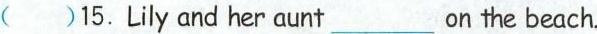
()15.Lily and her aunt ___ on the beach.